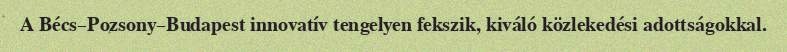
A Bécs–Pozsony–Budapest innovatív tengelyen fekszik, kiváló közlekedési adottságokkal.